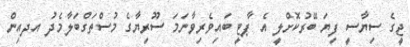
ޖީގެ ސިޔާސީ ފިޔަ ބޭރުކޮށްލީ އެ ޕާޓީ ބައިވެރިވާނަމަ ސޫރިޔާގެ މުސްތަގްބަލާމެދު އދއިން